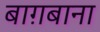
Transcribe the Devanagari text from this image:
बाग़बाना